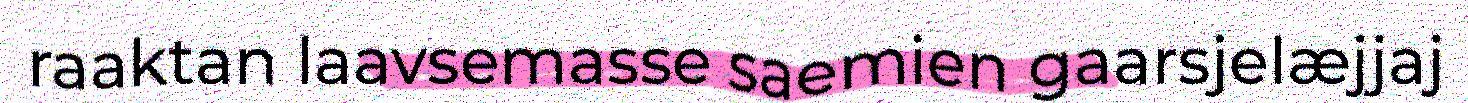
raaktan laavsemasse saemien gaarsjelæjjaj